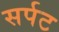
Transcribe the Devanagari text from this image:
सर्पट